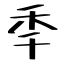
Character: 秊